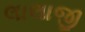
લાલાજી